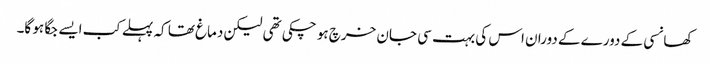
کھانسی کے دورے کے دوران اس کی بہت سی جان خرچ ہو چکی تھی لیکن دماغ تھا کہ پہلے کب ایسے جگا ہو گا۔